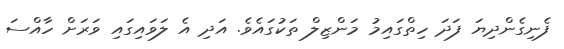
ފެނިގެންދިޔަ ފަދަ ހިތްގައިމު މަންޒިލް ތަކުގައެވެ. އަދި އެ ލަވައިގައި ވަރަށް ހާއްސަ